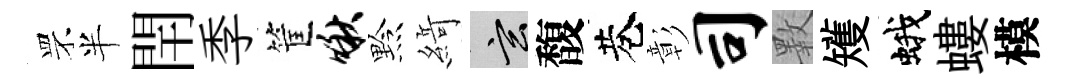
罘半閈季筐啾黔𦂶玄馥巷彰司斁矱蛾螻模